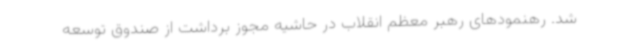
شد. رهنمودهای رهبر معظم انقلاب در حاشیه مجوز برداشت از صندوق توسعه